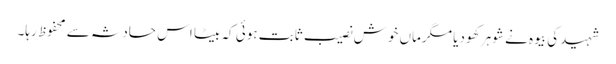
شہید کی بیوہ نے شوہر کھو دیا مگرماں خوش نصیب ثابت ہوئی کہ بیٹا اس حادثہ سے محفوظ رہا۔